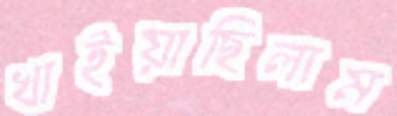
খাইয়াছিলাম